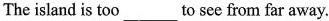
The island is too ___to see from far away.